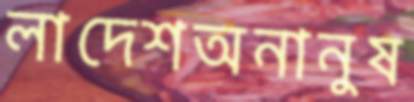
লাদেশঅনানুষ